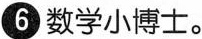
❻数学小博士。